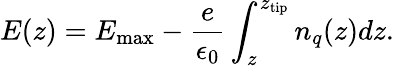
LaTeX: E(z)=E_{\mathrm{max}}-\frac e{\epsilon_{0}}\int_{z}^{z_{\mathrm{tip}}}n_{q}(z)dz.